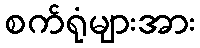
စက်ရုံများအား